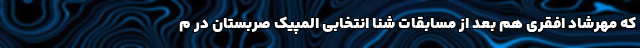
که مهرشاد افقری هم بعد از مسابقات شنا انتخابی المپیک صربستان در م